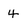
Character: 4